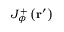
J _ { \phi } ^ { + } \left( \mathbf { r } ^ { \prime } \right)